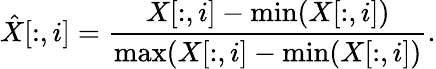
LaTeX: \hat{X}[:,i]=\frac{X[:,i]-\operatorname*{min}(X[:,i])}{\operatorname*{max}(X[:,i]-\operatorname*{min}(X[:,i])}.